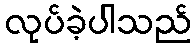
လုပ်ခဲ့ပါသည်